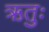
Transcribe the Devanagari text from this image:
ऋतुः